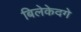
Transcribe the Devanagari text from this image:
बिलेकेदगे